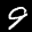
Label: 9